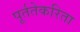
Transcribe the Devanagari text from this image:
पूर्ततेकरिता